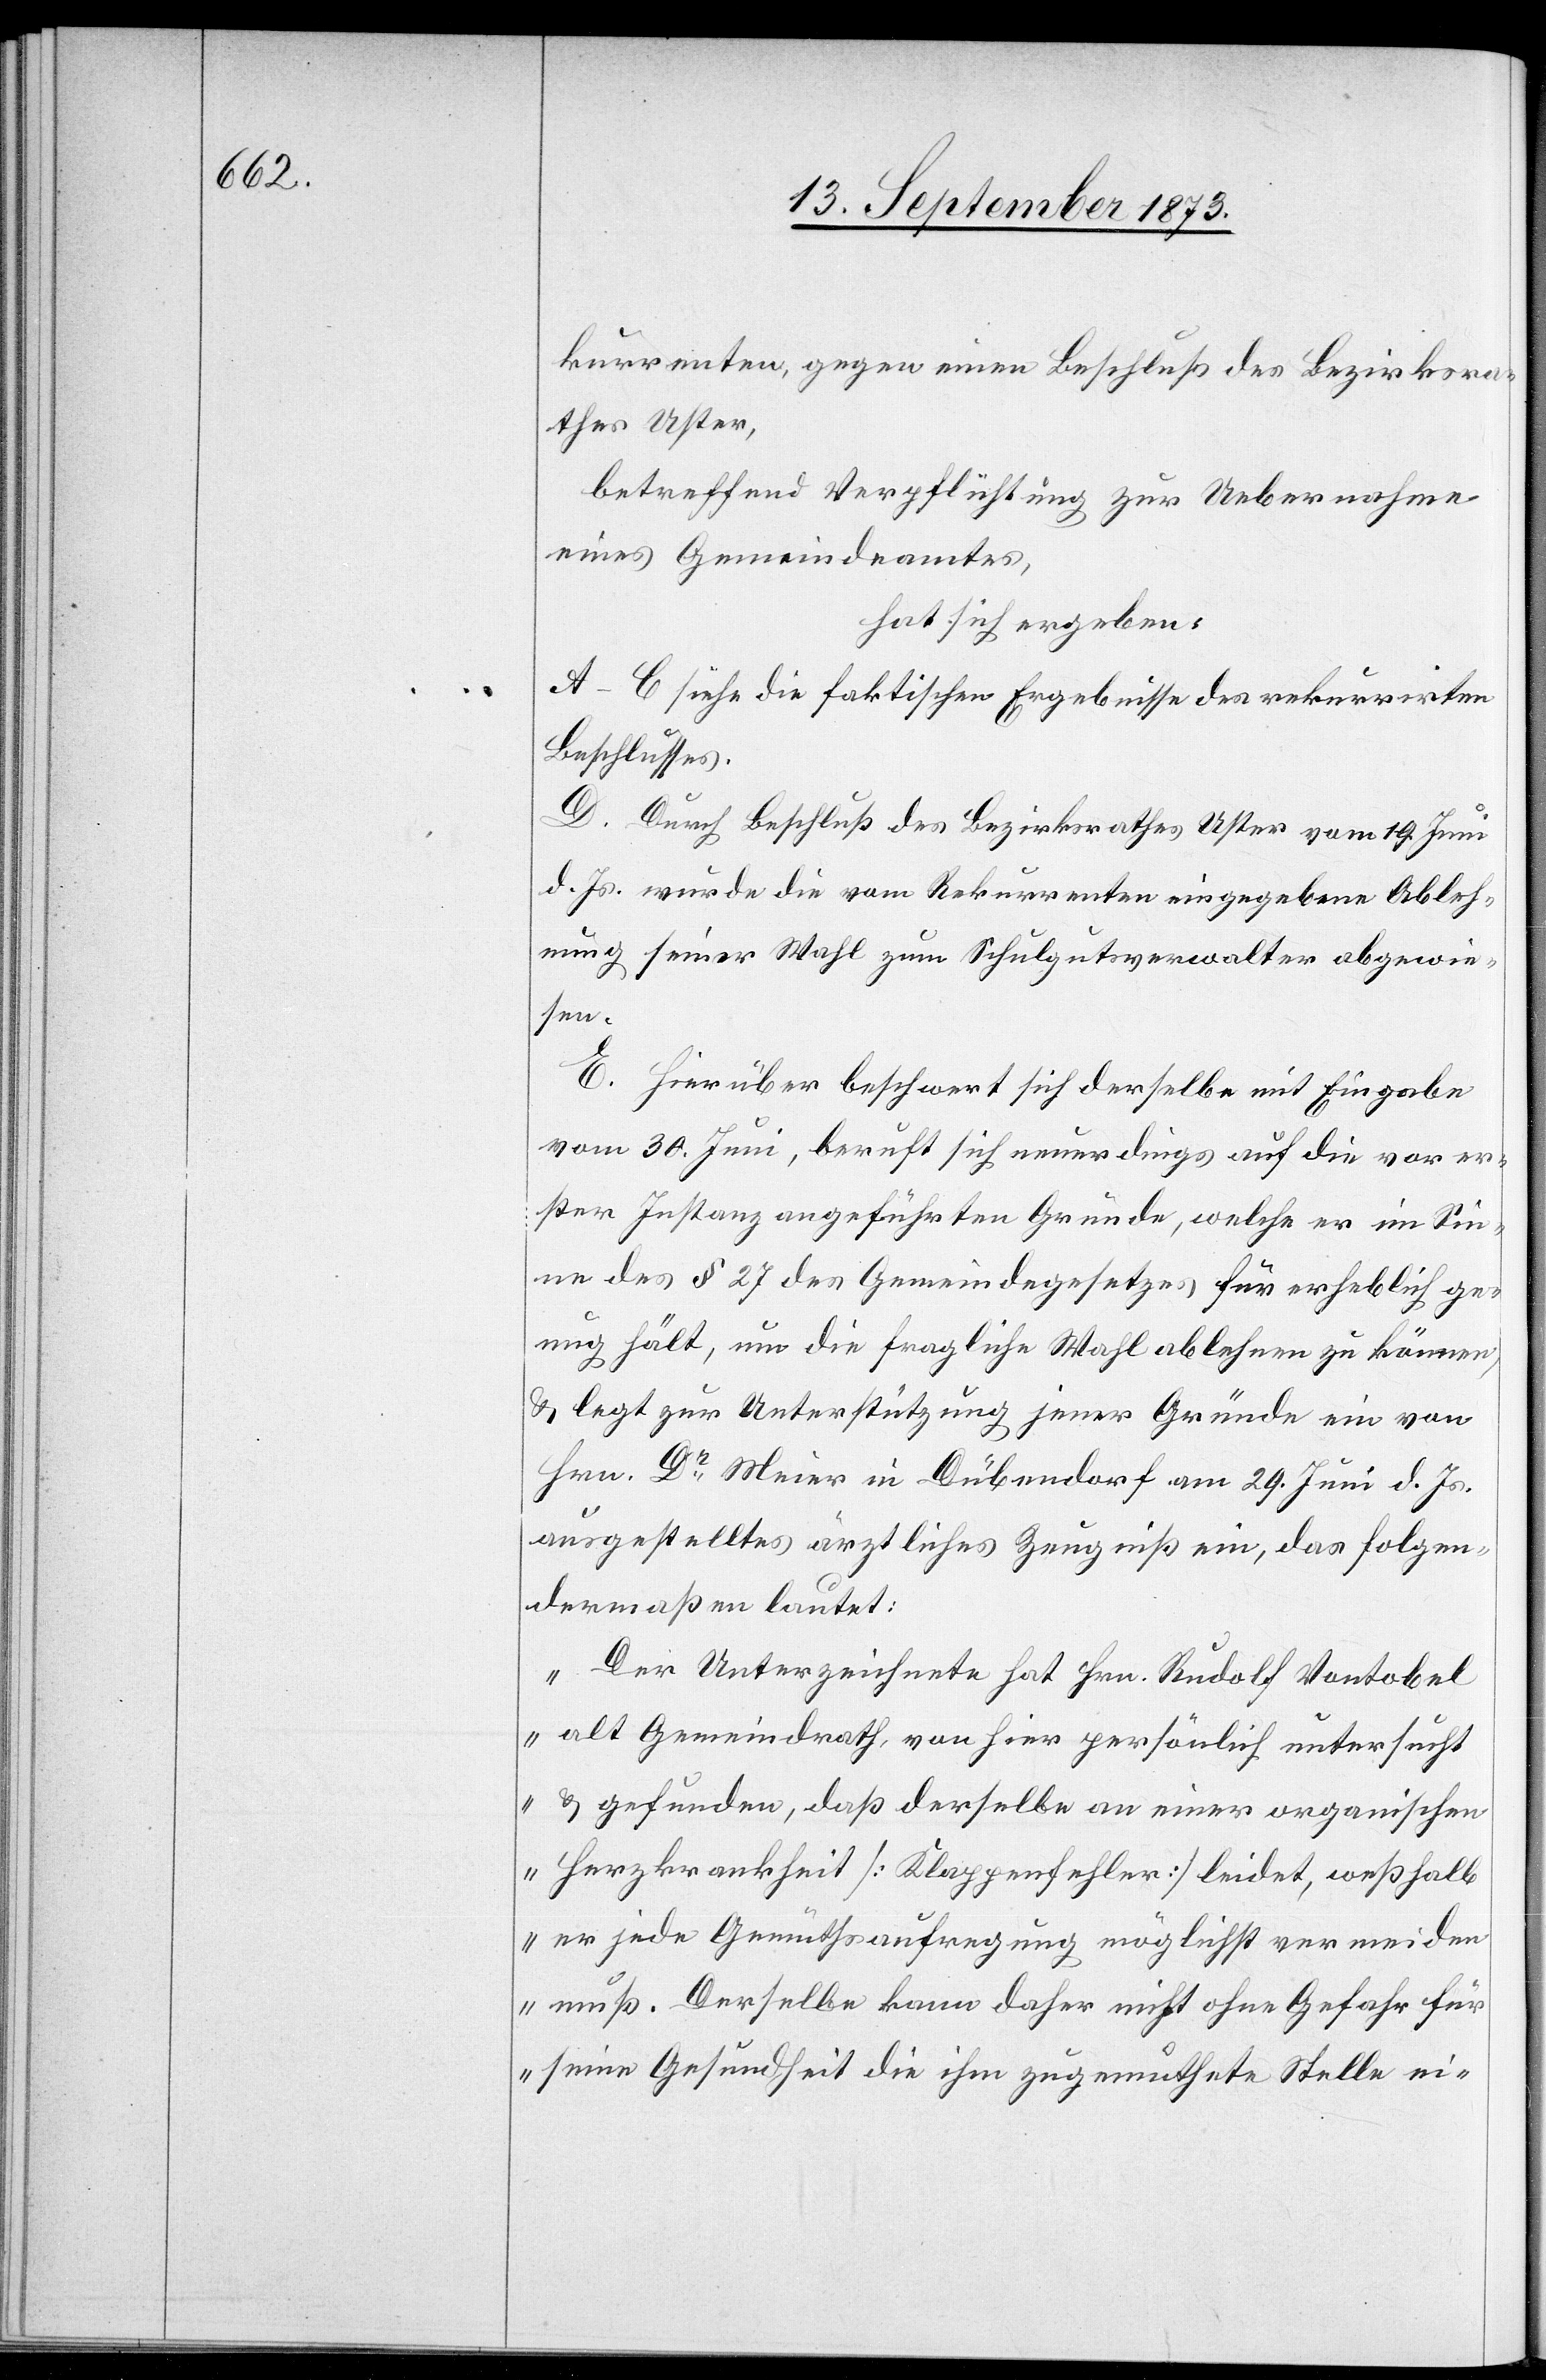
kurrenten, gegen einen Beschluß des Bezirksra¬
thes Uster,
betreffend Verpflichtung zur Uebernahme
eines Gemeindeamtes,
hat sich ergeben:
A–C siehe die faktischen Ergebnisse des rekurrirten
Beschlusses.
D. Durch Beschluß des Bezirksrathes Uster vom 19. Juni
d. Js. wurde die vom Rekurrenten eingegebene Ableh¬
nung seiner Wahl zum Schulgutsverwalter abgewie¬
sen.
E. Hierüber beschwert sich derselbe mit Eingabe
vom 30. Juni, beruft sich neuerdings auf die vor er¬
ster Instanz angeführten Gründe, welche er im Sin¬
ne des § 27 des Gemeindegesetzes für erheblich ge¬
nug hält, um die fragliche Wahl ablehnen zu können,
& legt zur Unterstützung jener Gründe ein von
Hrn. Dr Meier in Dübendorf am 29. Juni d. Js.
ausgestelltes ärztliches Zeugniß ein, das folgen¬
dermaßen lautet:
„Der Unterzeichnete hat Hrn. Rudolf Vontobel
alt Gemeindrath, von hier persönlich untersucht
& gefunden, daß derselbe an einer organischen
Herzkrankheit [Klappenfehler] leidet, weßhalb
er jede Gemüthsaufregung möglichst vermeiden
muß. Derselbe kann daher nicht ohne Gefahr für
seine Gesundheit die ihm zugemuthete Stelle ei-